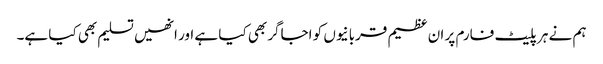
ہم نے ہر پلیٹ فارم پر ان عظیم قربانیوں کو اجاگر بھی کیا ہے اور انھیں تسلیم بھی کیا ہے۔